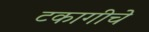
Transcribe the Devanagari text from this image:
टकागीचे